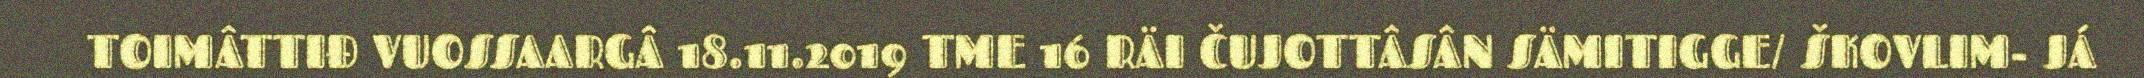
TOIMÂTTIĐ VUOSSAARGÂ 18.11.2019 TME 16 RÄI ČUJOTTÂSÂN SÄMITIGGE/ ŠKOVLIM- JÁ